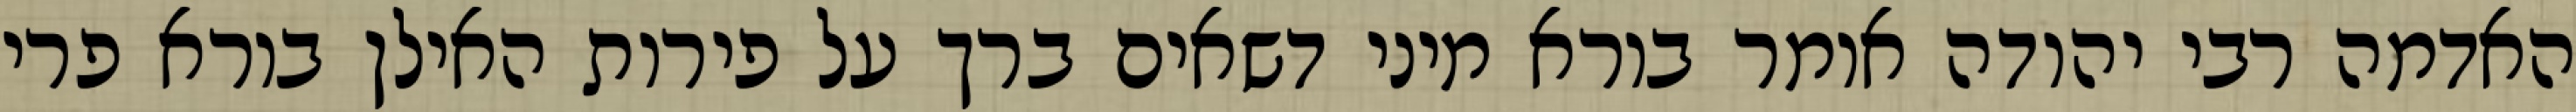
האדמה רבי יהודה אומר בורא מיני דשאים ברך על פירות האילן בורא פרי